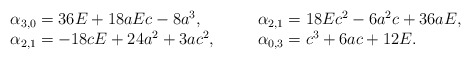
\begin{align*}\begin{array}{lcl}\alpha_{3,0}= 36 E + 18 a E c - 8 a^3, &\quad& \alpha_{2,1}= 18 E c^2 - 6 a^2 c + 36 a E, \\\alpha_{2,1}= -18 c E + 24 a^2 + 3 a c^2, &\quad& \alpha_{0,3}= c^3 + 6 a c + 12 E.\end{array}\end{align*}